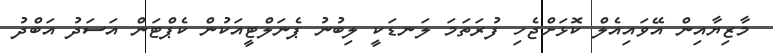
މާޒިޔާއިން އޭވައިއެލް ކޮޅަށްޖެހި ފުރަތަމަ ލަނޑަކީ ލިބުނު ޕެނަލްޓީއަކުން ކެޕްޓަން އަސަދު އަބްދު